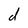
Character: d